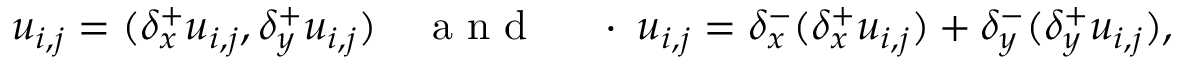
\triangledown u _ { i , j } = ( \delta _ { x } ^ { + } u _ { i , j } , \delta _ { y } ^ { + } u _ { i , j } ) \quad \mathrm { ~ a ~ n ~ d ~ } \quad \triangledown \cdot \triangledown u _ { i , j } = \delta _ { x } ^ { - } ( \delta _ { x } ^ { + } u _ { i , j } ) + \delta _ { y } ^ { - } ( \delta _ { y } ^ { + } u _ { i , j } ) ,